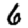
Digit: 6